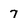
Character: 7